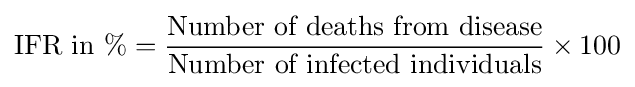
{\text{IFR in }}{\%}={\frac {\text{Number of deaths from disease}}{\text{Number of infected individuals}}}\times 100